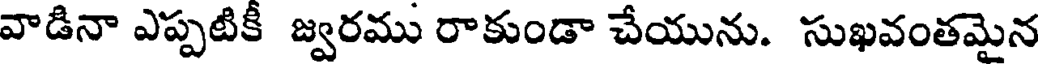
వాడినా ఎప్పటికీ జ్వరము రాకుండా చేయును. సుఖవంతమైన